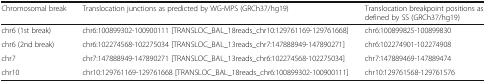
<table><thead><tr><td><b>Chromosomal break</b></td><td><b>Translocation junctions as predicted by WG-MPS (GRCh37/hg19)</b></td><td><b>Translocation breakpoint positions as defined by SS (GRCh37/hg19)</b></td></tr></thead><tbody><tr><td>chr6 (1st break)</td><td>chr6:100899302-100900111 [TRANSLOC_BAL_18reads_chr10:129761169-129761668]</td><td>chr6:100899825-100899830</td></tr><tr><td>chr6 (2nd break)</td><td>chr6:102274568-102275034 [TRANSLOC_BAL_13reads_chr7:147888949-147890271]</td><td>chr6:102274901-102274908</td></tr><tr><td>chr7</td><td>chr7:147888949-147890271 [TRANSLOC_BAL_13reads_chr6:102274568-102275034]</td><td>chr7:147889469-147889474</td></tr><tr><td>chr10</td><td>chr10:129761169-129761668 [TRANSLOC_BAL_18reads_chr6:100899302-100900111]</td><td>chr10:129761568-129761576</td></tr></tbody></table>